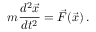
m \frac { d ^ { 2 } \vec { x } } { d t ^ { 2 } } = \vec { F } ( \vec { x } ) \, .